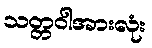
သတ္တဝါအားလုံး